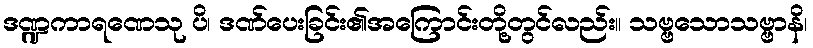
ဒဏ္ဍကာရဏေသု ပိ၊ ဒဏ်ပေးခြင်း၏အကြောင်းတို့တွင်လည်း။ သဗ္ဗသောသဗ္ဗာနိ၊